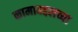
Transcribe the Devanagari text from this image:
कामाबद्दलच्या